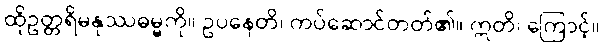
ထိုဥတ္တရိမနုဿဓမ္မကို။ ဥပနေတိ၊ ကပ်ဆောင်တတ်၏။ ဣတိ၊ ကြောင့်။